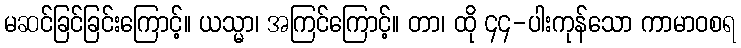
မဆင်ခြင်ခြင်းကြောင့်။ ယသ္မာ၊ အကြင်ကြောင့်။ တာ၊ ထို ၄၄-ပါးကုန်သော ကာမာဝစရ